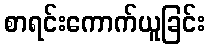
စာရင်းကောက်ယူခြင်း